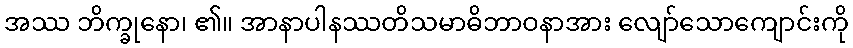
အဿ ဘိက္ခုနော၊ ၏။ အာနာပါနဿတိသမာဓိဘာဝနာအား လျော်သောကျောင်းကို